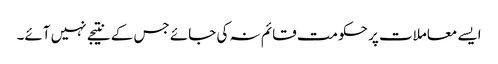
ایسے معاملات پر حکومت قائم نہ کی جائے جس کے نتیجے نہیں آئے۔